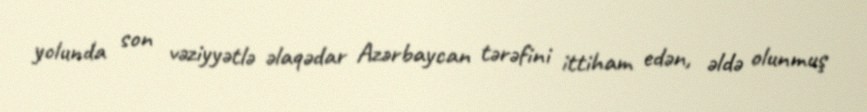
yolunda son vəziyyətlə əlaqədar Azərbaycan tərəfini ittiham edən, əldə olunmuş